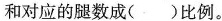
和对应的腿数成( )比例。